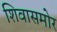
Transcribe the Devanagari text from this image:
शिवासमोर